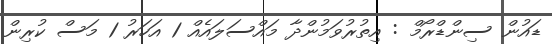
ޑައުން ސިންޑްރޯމް : އިތުރުވަމުންދާ މައްސަލައެއް 1 އަހަރު 1 މަސް ކުރިން